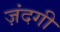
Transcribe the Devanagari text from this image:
ज़ंदगी